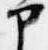
部